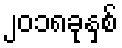
၂၀၁၈ခုနှစ်